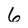
Character: 6